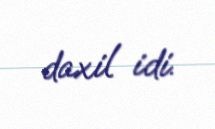
daxil idi.